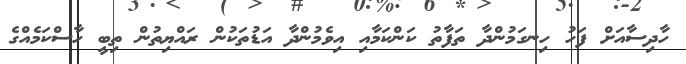
ހާދިސާއަށް ފަހު ހިނގަމުންދާ ތަފާތު ކަންކަމާއި އިވެމުންދާ އަޑުތަކުން ރައްޔިތުން ތިބީ ހާސްކަމެއްގެ